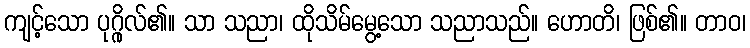
ကျင့်သော ပုဂ္ဂိုလ်၏။ သာ သညာ၊ ထိုသိမ်မွေ့သော သညာသည်။ ဟောတိ၊ ဖြစ်၏။ တာဝ၊